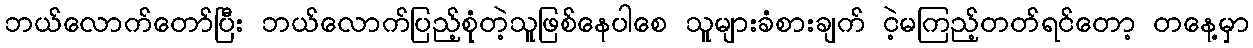
ဘယ်လောက်တော်ပြီး ဘယ်လောက်ပြည့်စုံတဲ့သူဖြစ်နေပါစေ သူများခံစားချက် ငဲ့မကြည့်တတ်ရင်တော့ တနေ့မှာ